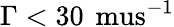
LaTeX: \Gamma<30\, \mathrm{\ mus^{-1}}